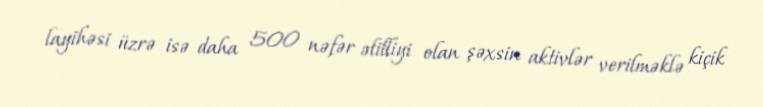
layihəsi üzrə isə daha 500 nəfər əlilliyi olan şəxsin aktivlər verilməklə kiçik